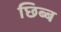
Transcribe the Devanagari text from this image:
छिब्ब